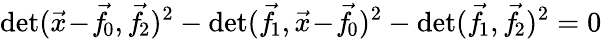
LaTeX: \operatorname*{d\mathrm{e}t}({\vec{{x}}}\! -\! {\vec{{f}}}\! _{0},{\vec{{f}}}\! _{2})^{2}-\operatorname*{d\mathrm{e}t}({\vec{{f}}}\! _{1},{\vec{{x}}}\! -\! {\vec{{f}}}\! _{0})^{2}-\operatorname*{d\mathrm{e}t}({\vec{{f}}}\! _{1},{\vec{{f}}}\! _{2})^{2}=0